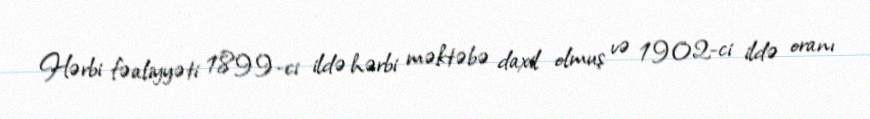
Hərbi fəaliyyəti 1899-ci ildə hərbi məktəbə daxil olmuş və 1902-ci ildə oranı